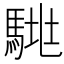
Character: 𱄞